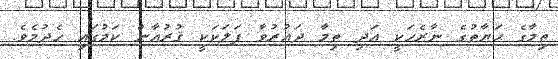
ތިމާގެ ޙަޔާތުގެ ނާރެހަކީ އަދި ތިމާ ދައުރުވާ ފަލަކަކީ ޤުރުއާން ކަމުގައި ހެދުމެވެ.